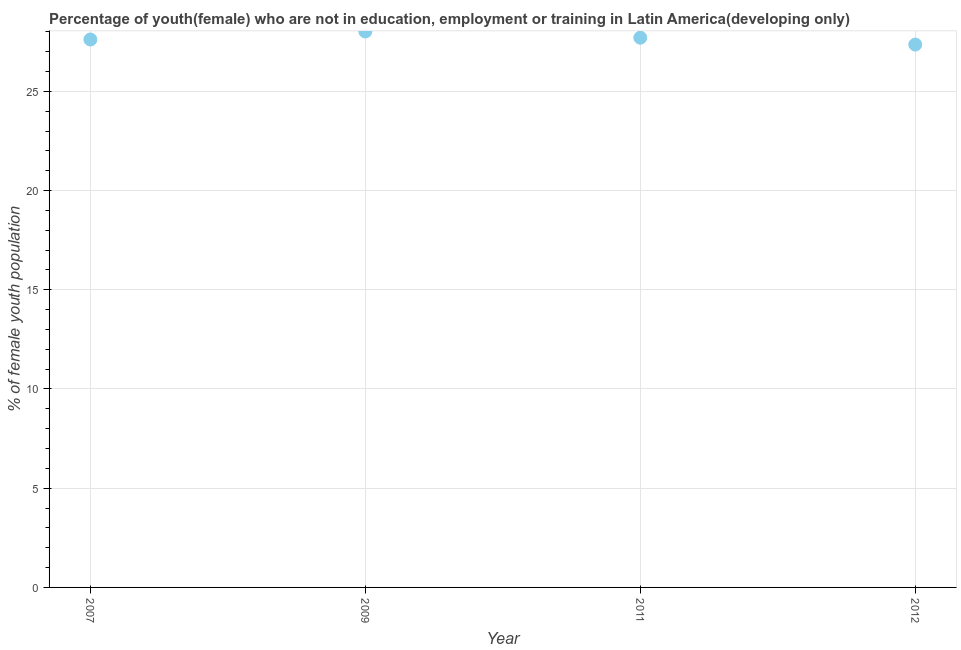
| Year | Unemployed(female) |
 | --- | --- |
 | 2007 | 27.6 |
 | 2009 | 28 |
 | 2011 | 27.7 |
 | 2012 | 27.4 |